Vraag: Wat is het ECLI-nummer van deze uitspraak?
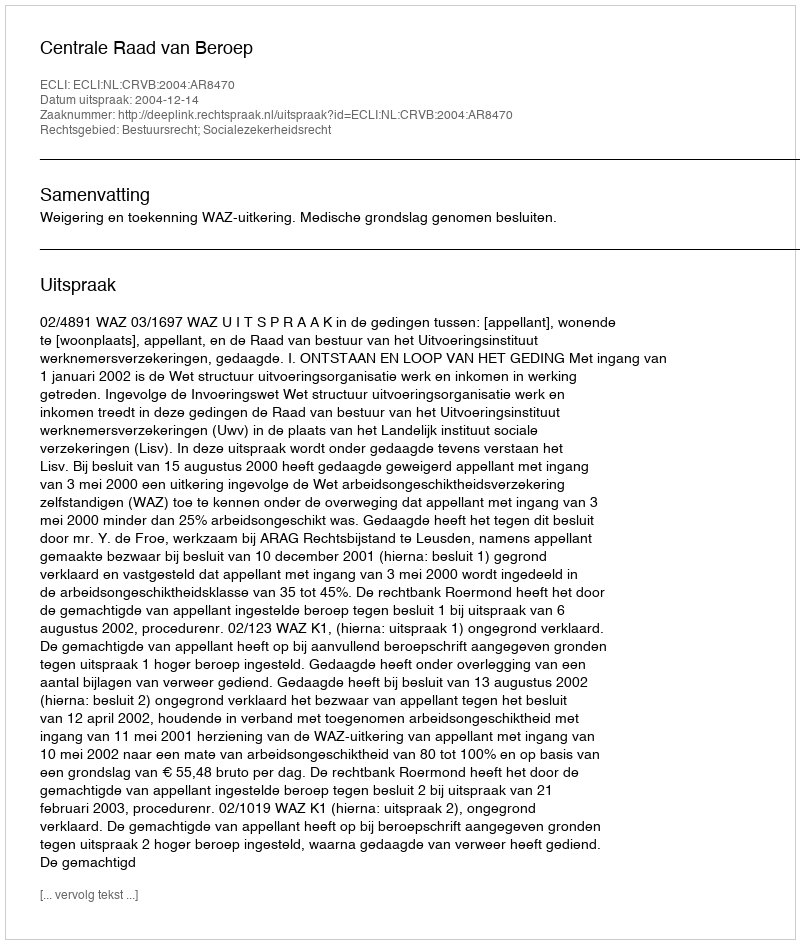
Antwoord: ECLI:NL:CRVB:2004:AR8470